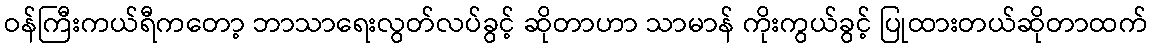
ဝန်ကြီးကယ်ရီကတော့ ဘာသာရေးလွတ်လပ်ခွင့် ဆိုတာဟာ သာမာန် ကိုးကွယ်ခွင့် ပြုထားတယ်ဆိုတာထက်